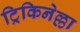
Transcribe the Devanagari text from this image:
ट्रिकिनेल्ला